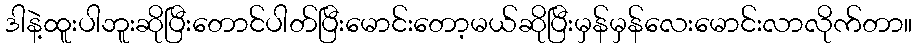
ဒါနဲ့ထူးပါဘူးဆိုပြီးတောင်ပါတ်ပြီးမောင်းတော့မယ်ဆိုပြီးမှန်မှန်လေးမောင်းလာလိုက်တာ။